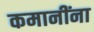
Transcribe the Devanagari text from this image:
कमानींना